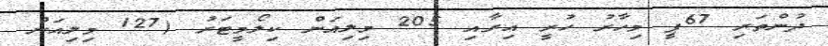
ދުންތަރި 67ޕީ މިހާރު ހުރީ އިރާއި 205 މިލިއަން ކިލޯމީޓަރު (127 މިލިއަން